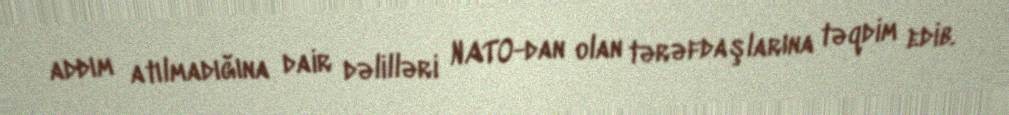
addım atılmadığına dair dəlilləri NATO-dan olan tərəfdaşlarına təqdim edib.